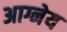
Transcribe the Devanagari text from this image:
अाग्नेय